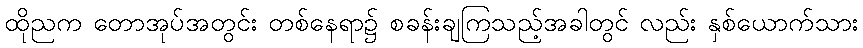
ထိုညက တောအုပ်အတွင်း တစ်နေရာ၌ စခန်းချကြသည့်အခါတွင် လည်း နှစ်ယောက်သား